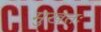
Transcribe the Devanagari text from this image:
मुखतः